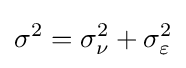
\sigma ^{2}=\sigma _{\nu }^{2}+\sigma _{\varepsilon }^{2}